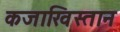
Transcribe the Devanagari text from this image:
कजाखिस्तान